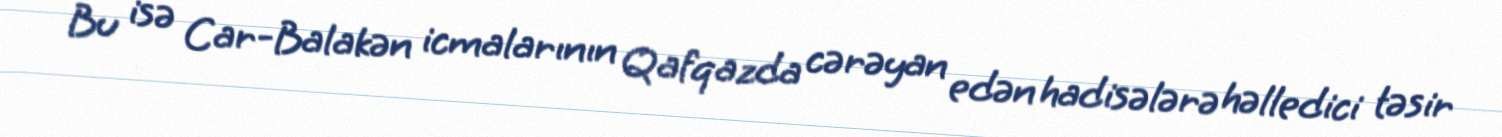
Bu isə Car-Balakən icmalarının Qafqazda cərəyan edən hadisələrə həlledici təsir